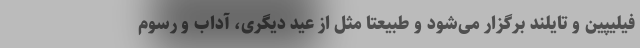
فیلیپین و تایلند برگزار می‌شود و طبیعتا مثل از عید دیگری، آداب و رسوم